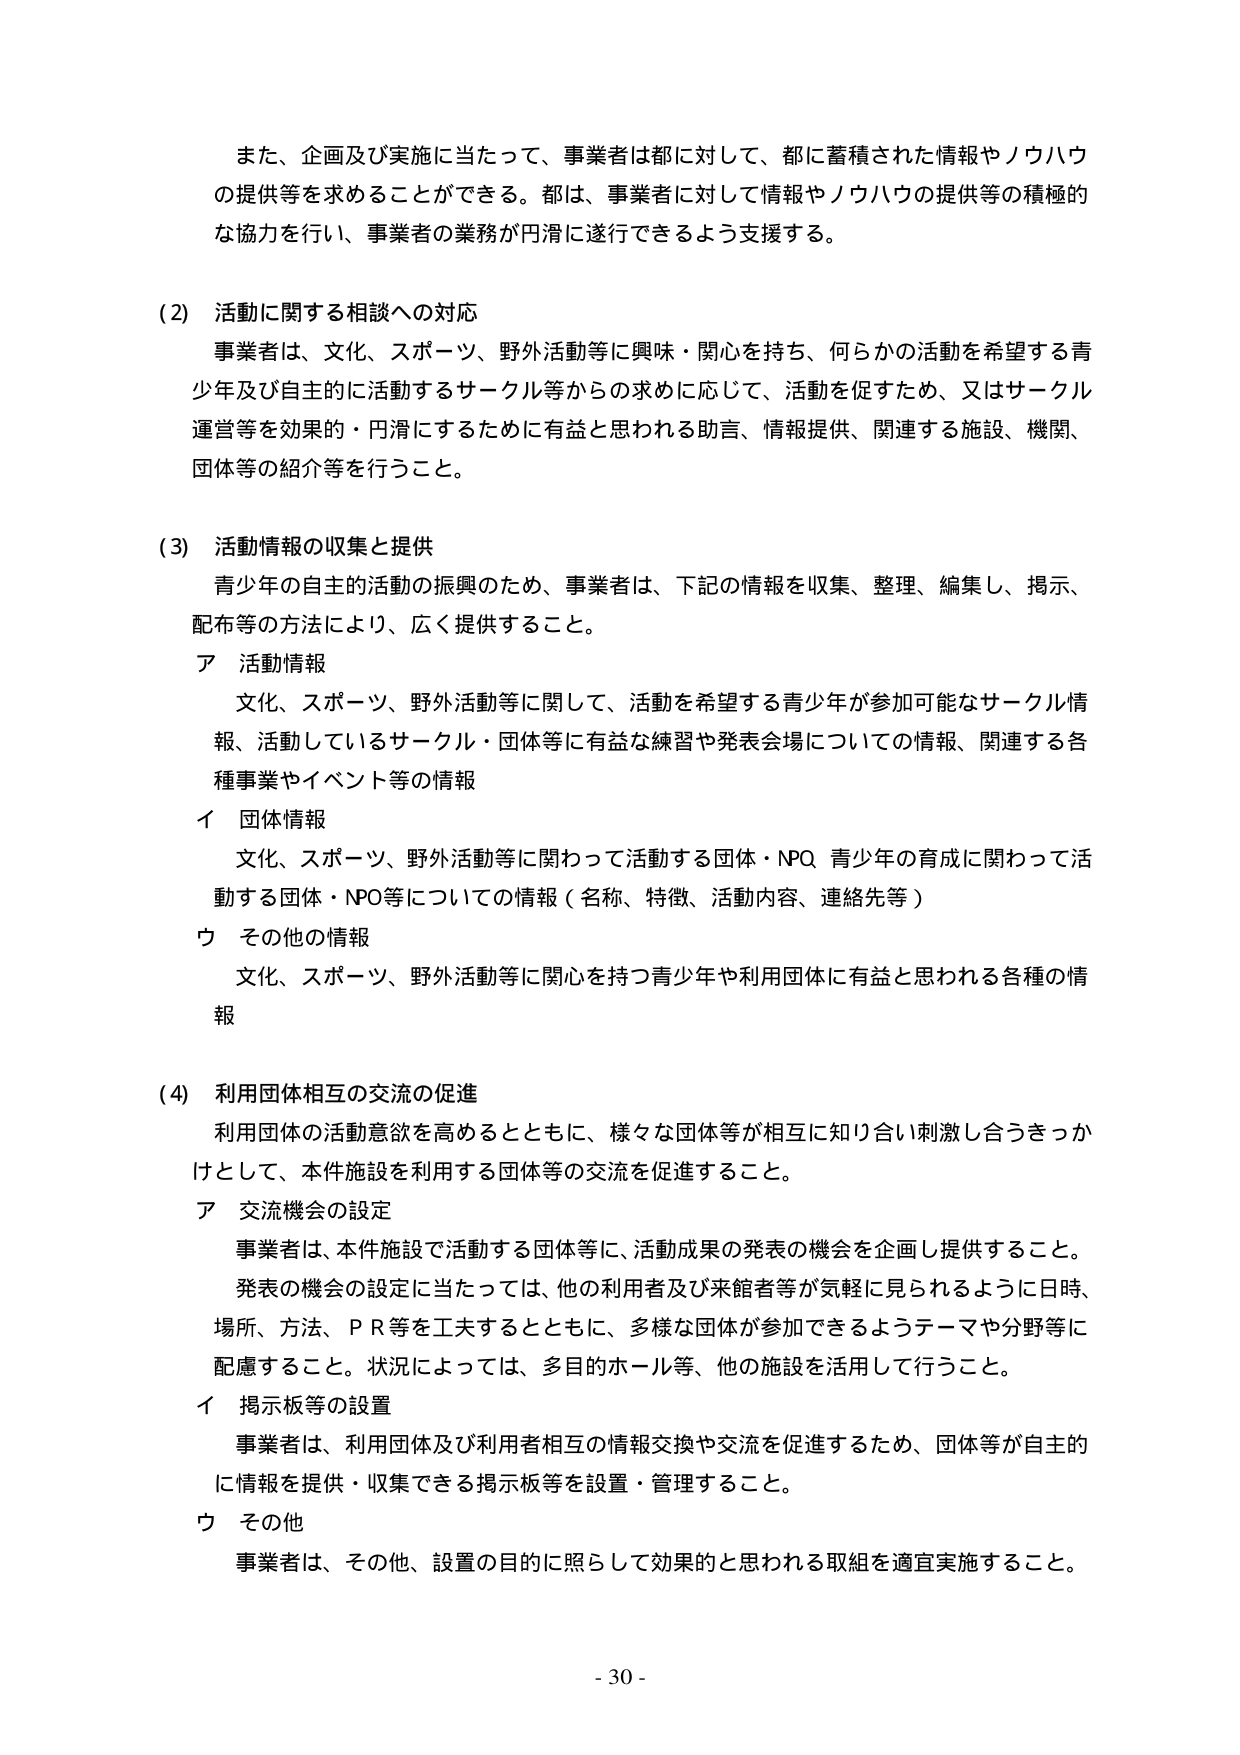
また、企画及び実施に当たって、事業者は都に対して、都に蓄積された情報やノウハウの提供等を求めることができる。都は、事業者に対して情報やノウハウの提供等の積極的な協力を行い、事業者の業務が円滑に遂行できるよう支援する。

(2) 活動に関する相談への対応
事業者は、文化、スポーツ、野外活動等に興味・関心を持ち、何らかの活動を希望する青少年及び自主的に活動するサークル等からの求めに応じて、活動を促すため、又はサークル運営等を効果的・円滑にするために有益と思われる助言、情報提供、関連する施設、機関、団体等の紹介等を行うこと。

(3) 活動情報の収集と提供
青少年の自主的活動の振興のため、事業者は、下記の情報を収集、整理、編集し、掲示、配布等の方法により、広く提供すること。
ア 活動情報
文化、スポーツ、野外活動等に関して、活動を希望する青少年が参加可能なサークル情報、活動しているサークル・団体等に有益な練習や発表会場についての情報、関連する各種事業やイベント等の情報
イ 団体情報
文化、スポーツ、野外活動等に関して活動する団体・NPO、青少年の育成に関して活動する団体・NPO等についての情報（名称、特徴、活動内容、連絡先等）
ウ その他の情報
文化、スポーツ、野外活動等に関心を持つ青少年や利用団体に有益と思われる各種の情報

(4) 利用団体相互の交流の促進
利用団体の活動意欲を高めるとともに、様々な団体等が相互に知り合い刺激し合うきっかけとして、本件施設を利用する団体等の交流を促進すること。
ア 交流機会の設定
事業者は、本件施設で活動する団体等に、活動成果の発表の機会を企画し提供すること。
発表の機会の設定に当たっては、他の利用者及び来館者等が気軽に見られるように日時、場所、方法、ＰＲ等を工夫するとともに、多様な団体が参加できるようテーマや分野等に配慮すること。状況によっては、多目的ホール等、他の施設を活用して行うこと。
イ 掲示板等の設置
事業者は、利用団体及び利用者相互の情報交換や交流を促進するため、団体等が自主的に情報を提供・収集できる掲示板等を設置・管理すること。
ウ その他
事業者は、その他、設置の目的に照らして効果的と思われる取組を適宜実施すること。

- 30 -